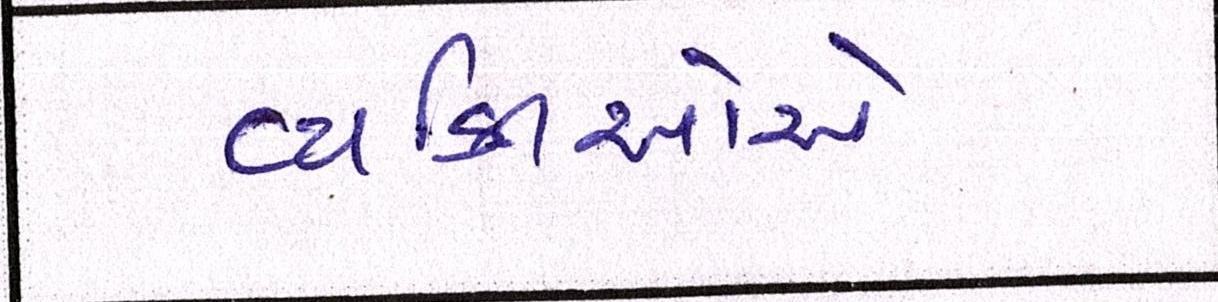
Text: વ્યક્તિઓએ